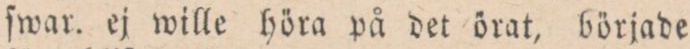
ſwar. ej wille höra på det örat, började